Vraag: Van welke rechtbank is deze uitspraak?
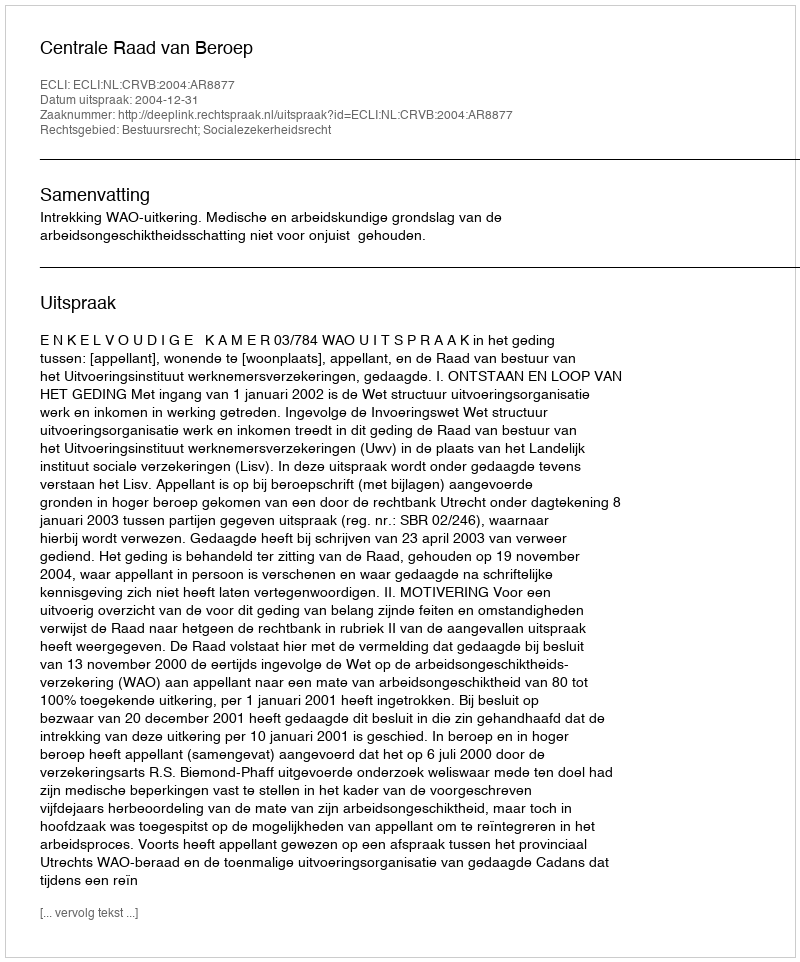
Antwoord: Centrale Raad van Beroep